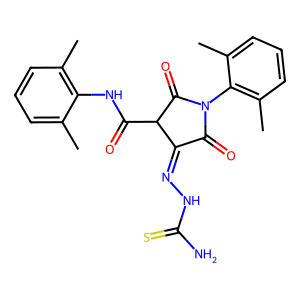
SMILES: Cc1cccc(C)c1NC(=O)C1C(=O)N(c2c(C)cccc2C)C(=O)C1=NNC(N)=S
Inhibits HIV replication: No